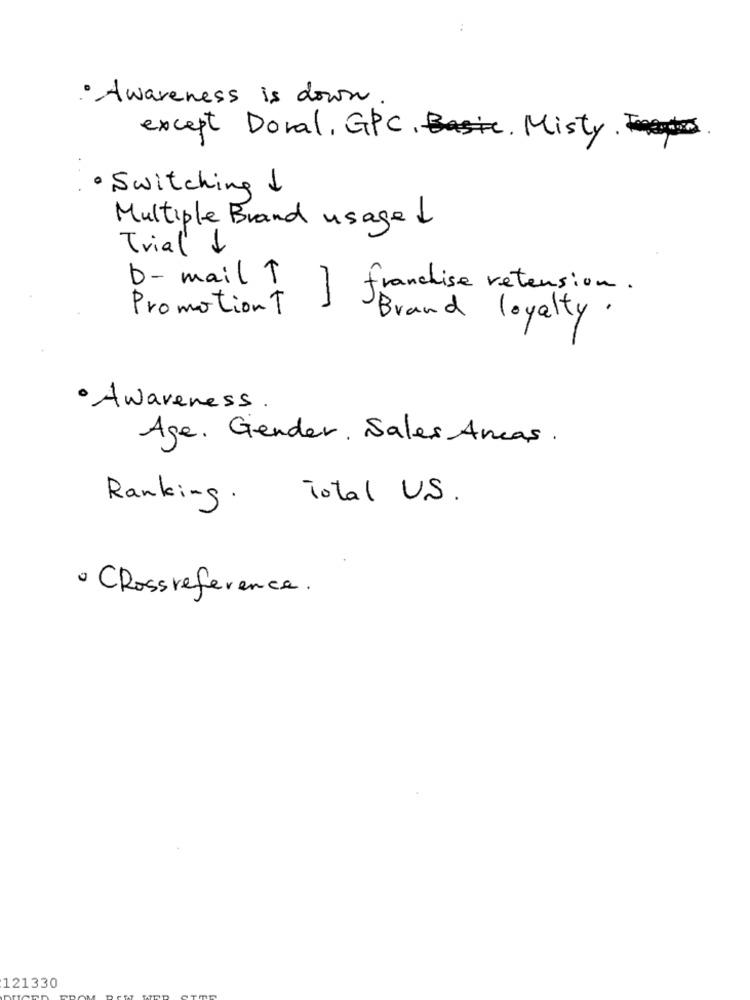
..
· Awareness is down
except Doral, GPC, Basic Misty .
· Switching I
Multiple Brand usage 1
Trial 1
D- mail T
1
franchise retension .
Promotion T
Brand loyalty.
· Awareness .
Age, Gender, Sales Amcas .
Ranking .
Total U.S.
· Crossreference.
121330